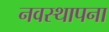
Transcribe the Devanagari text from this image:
नवस्थापना